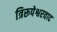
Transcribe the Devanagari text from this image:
त्रिरूपेश्वरवाद